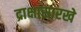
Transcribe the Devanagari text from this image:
द्राक्षासारखे